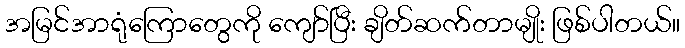
အမြင်အာရုံကြောတွေကို ကျော်ပြီး ချိတ်ဆက်တာမျိုး ဖြစ်ပါတယ်။